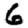
Digit: 6